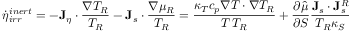
\dot { \eta } _ { i r r } ^ { i n e r t } = - { \bf J } _ { \eta } \cdot \frac { \nabla T _ { R } } { T _ { R } } - { \bf J } _ { s } \cdot \frac { \nabla \mu _ { R } } { T _ { R } } = \frac { \kappa _ { T } c _ { p } \nabla T \cdot \nabla T _ { R } } { T \, T _ { R } } + \frac { \partial \hat { \mu } } { \partial S } \frac { { \bf J } _ { s } \cdot { \bf J } _ { s } ^ { R } } { T _ { R } \kappa _ { S } }